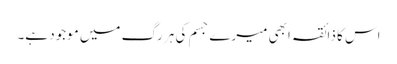
اس کا ذائقہ ابھی میرے جسم کی ہر رگ میں موجود ہے۔